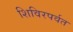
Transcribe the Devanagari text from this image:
शिविरपर्वत